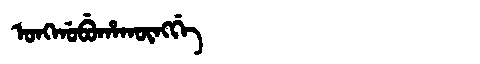
Manchu: ᠣᠩᡤᠣᠪᡠᡥᠠᡴᡡᠩᡤᡝ
Romanization: ONGGOBUHAKŪNGGE